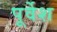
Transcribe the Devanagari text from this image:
पूर्वेश